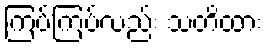
ကြပ်ကြပ်လည်း သတိထား